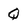
Character: Q